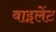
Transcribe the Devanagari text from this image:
वाइलेंट